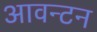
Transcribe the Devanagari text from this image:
आवन्टन